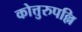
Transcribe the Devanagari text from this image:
कोत्तुरुपल्लि